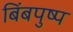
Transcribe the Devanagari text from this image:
बिंबपुष्प